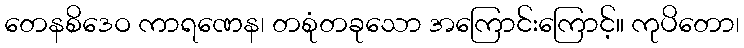
တေနစိဒေဝ ကာရဏေန၊ တစုံတခုသော အကြောင်းကြောင့်။ ကုပိတော၊